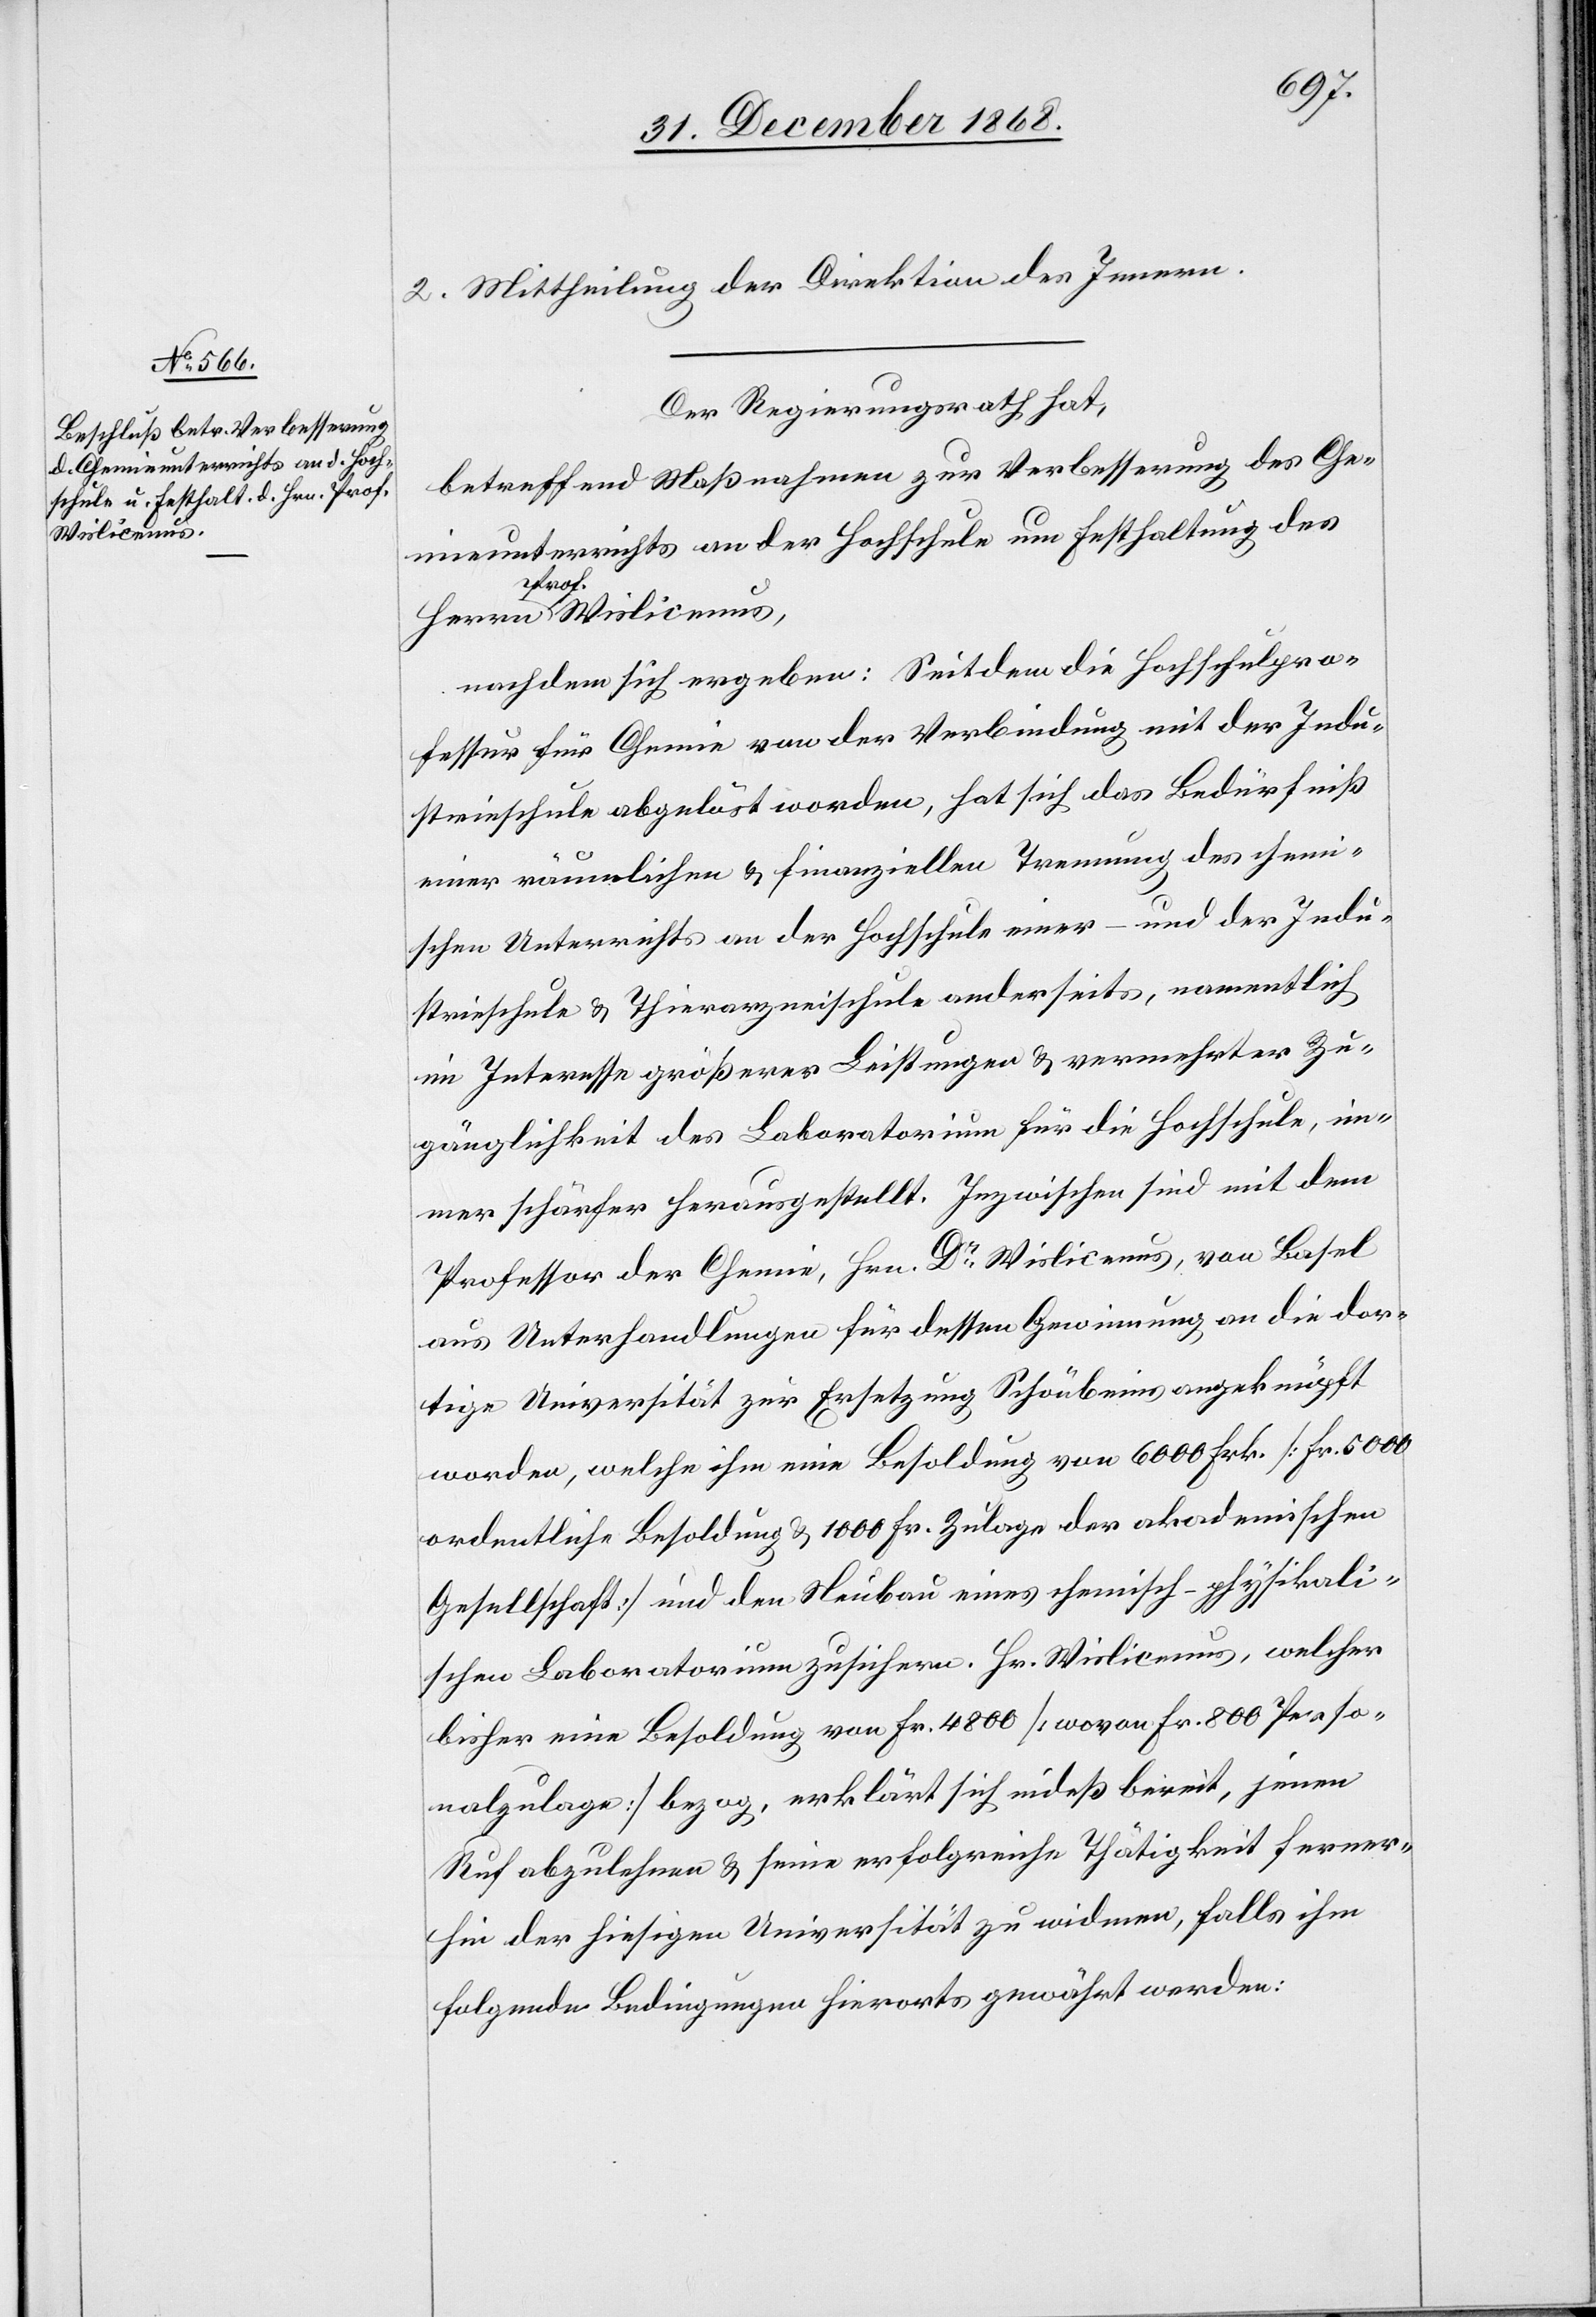
Wislicenus,

2. Mittheilung der Direktion des Innern.
Der Regierungsrath hat,
betreffend Maßnahmen zur Verbesserung des Che¬
mieunterrichts an der Hochschule um Festhaltung des
Prof.
nachdem sich ergeben: Seitdem die Hochschulpro¬
fessur für Chemie von der Verbindung mit der Indu¬
strieschule abgelöst worden, hat sich das Bedürfniß
einer räumlichen & finanziellen Trennung des chemi¬
schen Unterrichts an der Hochschule einer- und der Indu¬
strieschule & Thierarzneischule anderseits, namentlich
im Interesse größerer Leistungen & vermehrter Zu¬
gänglichkeit des Laboratorium für die Hochschule, im¬
mer schärfer herausgestellt. Inzwischen sind mit dem
Professor der Chemie, Hrn. Dr Wislicenus, von Basel
aus Unterhandlungen für dessen Gewinnung an die dor¬
tige Universität zur Ersetzung Schönbeins angeknüpft
worden, welche ihm eine Besoldung von 6000 Frk. [Fr. 5000
ordentliche Besoldung & 1000 Fr. Zulage der akademischen
Gesellschaft] und den Neubau eines chemisch-physikali¬
schen Laboratorium zusichern. Hr. Wislicenus, welcher
bisher eine Besoldung von Fr. 4800 [wovon Fr. 800 Perso¬
nalzulage] bezog, erklärt sich indeß bereit, jenen
Ruf abzulehnen & seine erfolgreiche Thätigkeit ferner¬
hin der hiesigen Universität zu widmen, falls ihm
folgende Bedingungen hierorts gewährt werden: